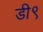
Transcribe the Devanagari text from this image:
डी९